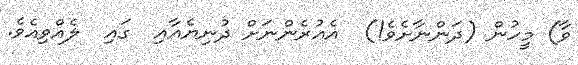
ވާ) މީހުން (ދަންނާށެވެ!)  އެއުރެންނަށް ދުނިޔެއާއި  ގައި  ލެއްވިއެވެ.